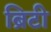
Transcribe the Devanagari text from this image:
ब्रिटी